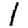
Digit: 1